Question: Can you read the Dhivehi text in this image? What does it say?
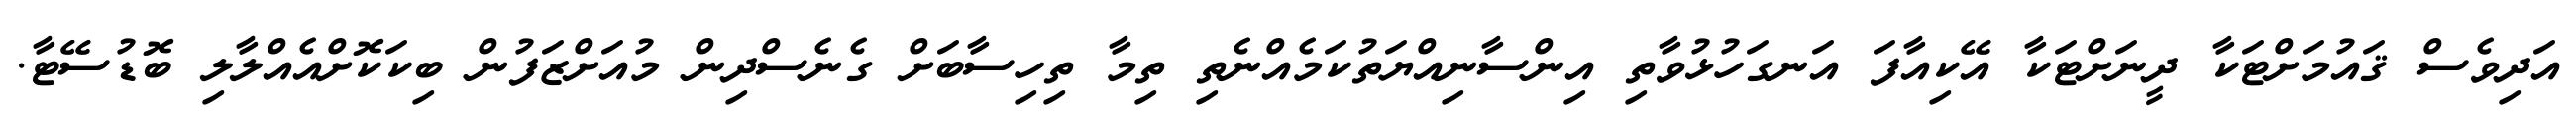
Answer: އަދިވެސް ޤައުމަށްޓަކާ ދީނަށްޓަކާ އޭކިއާފަ އަނގަހުޅުވާތި އިންސާނިއްޔަތުކަމެއްނެތި ތިމާ ތިހިސާބަށް ގެނެސްދިން މުއަށްޒަފުން ބިކަކޮށްއެއްލާލި ބޮޑުސޭޓާ.